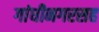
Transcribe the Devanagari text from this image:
गांधीनगरसह